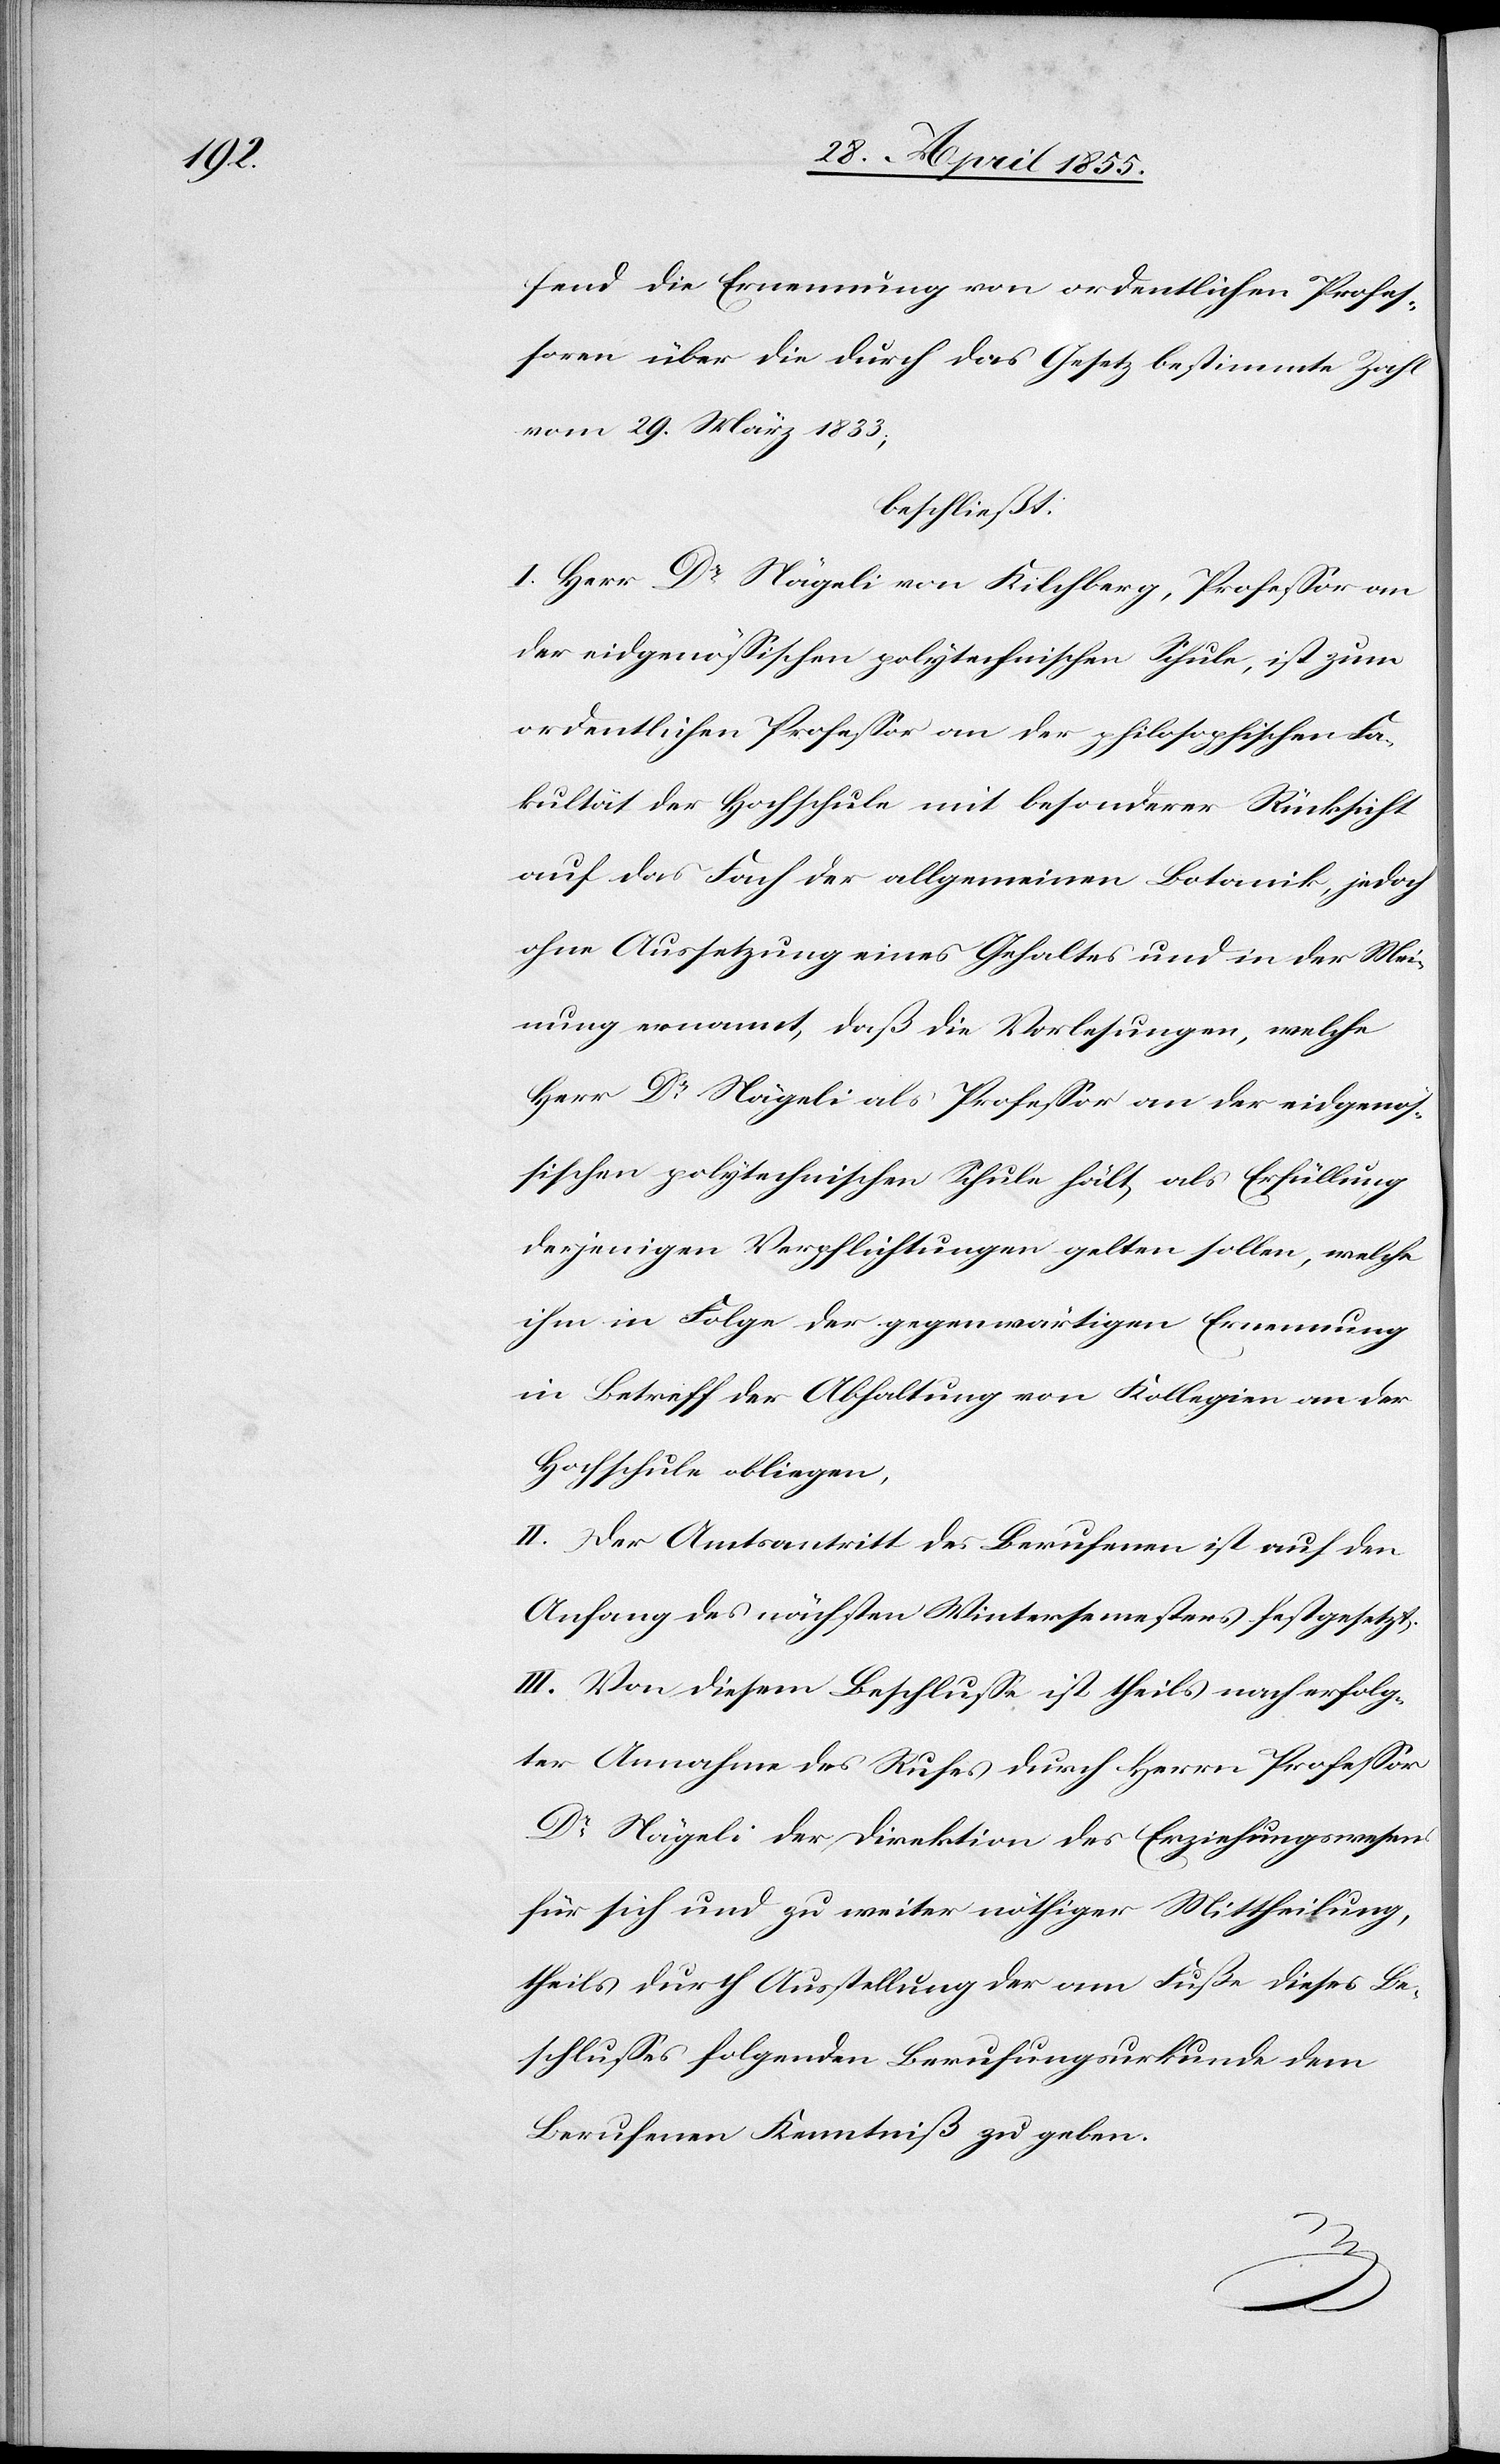
fend die Ernennung von ordentlichen Profes¬
soren über die durch das Gesetz bestimmte Zahl
vom 29. März 1833;
beschließt:
I. Herr Dr Nägeli von Kilchberg, Professor an
der eidgenössischen polytechnischen Schule, ist zum
ordentlichen Professor an der philosophischen Fa¬
kultät der Hochschule mit besonderer Rücksicht
auf das Fach der allgemeinen Botanik, jedoch
ohne Aussetzung eines Gehaltes und in der Mei¬
nung ernannt, daß die Vorlesungen, welche
Herr Dr Nägeli als Professor an der eidgenös¬
sischen polytechnischen Schule hält, als Erfüllung
derjenigen Verpflichtungen gelten sollen, welche
ihm in Folge der gegenwärtigen Ernennung
in Betreff der Abhaltung von Kollegien an der
Hochschule obliegen.
II. Der Amtsantritt des Berufenen ist auf den
Anfang des nächsten Wintersemesters festgesetzt.
III. Von diesem Beschlusse ist, theils nach erfolg¬
ter Annahme des Rufes durch Herrn Professor
Dr Nägeli der Direktion des Erziehungswesens
für sich und zu weiter nöthiger Mittheilung,
theils durch Ausstellung der am Fuße dieses Be¬
schlusses folgenden Berufungsurkunde dem
Berufenen Kenntniß zu geben.